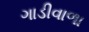
ગાડીવાળા